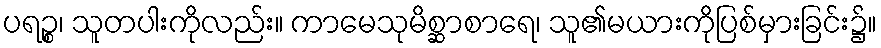
ပရဉ္စ၊ သူတပါးကိုလည်း။ ကာမေသုမိစ္ဆာစာရေ၊ သူ၏မယားကိုပြစ်မှားခြင်း၌။